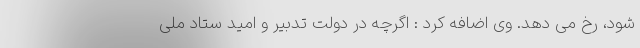
شود، رخ می دهد. وی اضافه کرد : اگرچه در دولت تدبیر و امید ستاد ملی